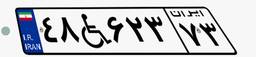
۹۱W۲۱۹۰۵